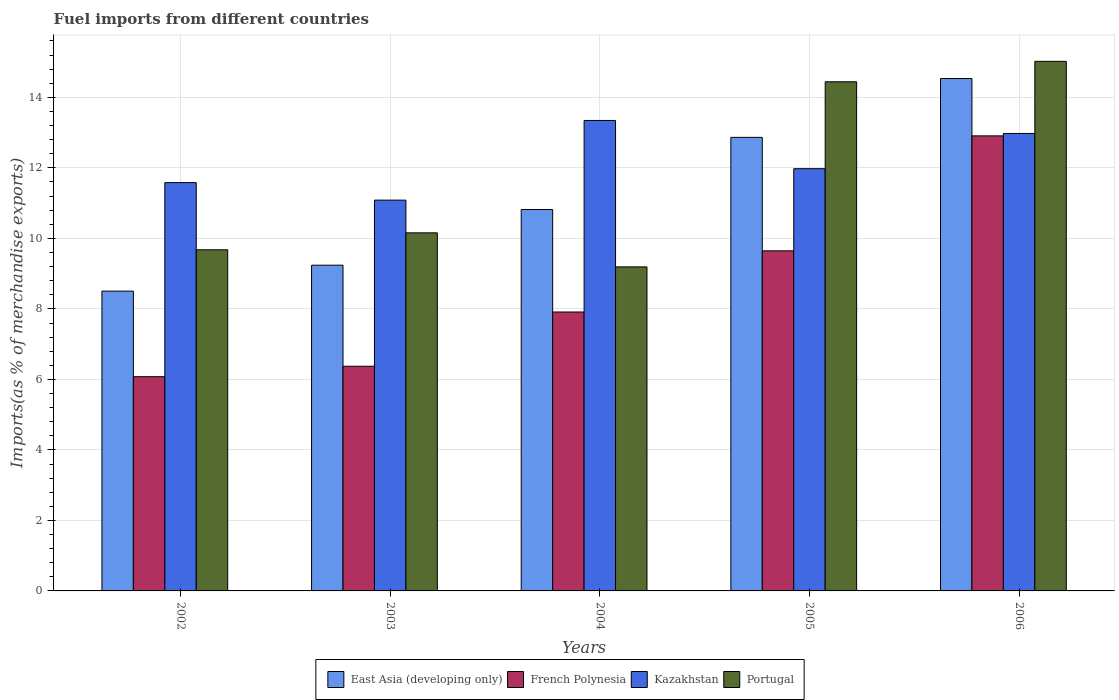
| Years | East Asia (developing only) | French Polynesia | Kazakhstan | Portugal |
 | --- | --- | --- | --- | --- |
 | 2002 | 8.5 | 6.08 | 11.6 | 9.68 |
 | 2003 | 9.24 | 6.37 | 11.1 | 10.2 |
 | 2004 | 10.8 | 7.91 | 13.3 | 9.19 |
 | 2005 | 12.9 | 9.65 | 12 | 14.4 |
 | 2006 | 14.5 | 12.9 | 13 | 15 |